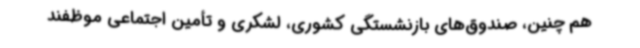
هم چنین، صندوق‌های بازنشستگی کشوری، لشکری و تأمین اجتماعی موظفند